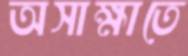
অসাক্ষাতে